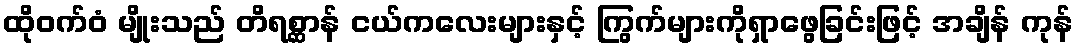
ထိုဝက်ဝံ မျိုးသည် တိရစ္ဆာန် ငယ်ကလေးများနှင့် ကြွက်များကိုရှာဖွေခြင်းဖြင့် အချိန် ကုန်